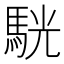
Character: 駫